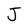
Character: J